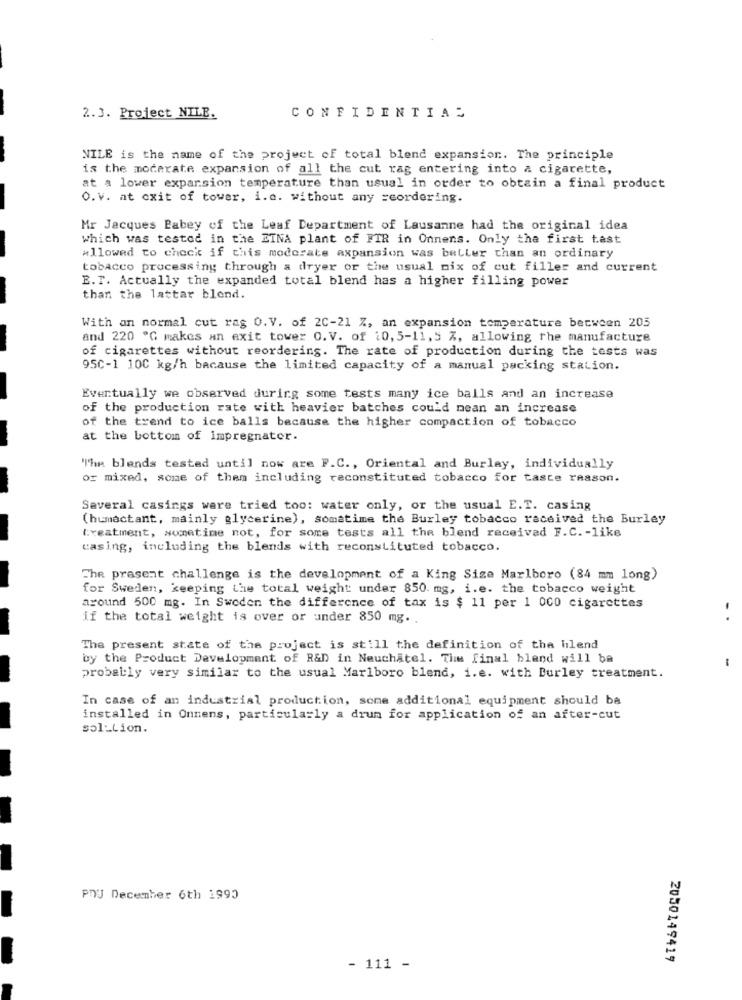
2. 3. Project NILE.
CONFIDENTIAL
NILE is the name of the project of total blend expansion. The principle
is the moderate expansion of all the cut rag entering into a cigarette,
at a lower expansion temperature than usual in order to obtain a final product
O.V. at exit of tower, i.e. without any =eordering.
Mr Jacques Pabey of the Leaf Department of Lausanne had the original idea
which was tested in the DINA plant of FIR in Onnens. Only the first tast
allowed to check if this moderate expansion was beller than an ordinary
tobacco processing through a dryer or the usual nix of cut filler and current
E.T. Actually the expanded total blend has a higher filling power
than the lattar blend.
With an normal cut ras O. V. of 2C-21 Z, an expansion temperature between 205
and 220 G makes an exit tower O. V. of 20,5-11,5 %, allowing the manufacture
of cigarettes without reordering. The rate of production during the tests was
95C-1 10C kg/h bacause the limited capacity of a manual packing station.
Eventually we observed during some tests many ice balls and an increase
of the production rate with heavier batches could mean an increase
of the trend to ice balls because the higher compaction of tobacco
at the bottom of impregnater.
"The blends tested until now are F.C ., Oriental and Burlay, individually
or mixed, some of them including reconstituted tobacco for taste reason.
Several casings were tried too: water only, or the usual E.T. casing
(humectant, mainly glycerine), somatime the Burley tobacco received the Burley
treatment, sometime not, for some tests all the blend received F.C. - like
casing, including the blends with reconstituted tobacco.
The prasent challenge is the development of a King Size Marlboro (84 mm long)
for Sweden, keeping the total weight under 850. mg, i.e. the tobacco weight
around 500 mg. In Sweden the difference of tax is $ 11 per 1 000 cigarettes
if the total weight is over or under 850 mg ..
The present state of the project is still the definition of the blend
by the Product Development of R&D in Neuchatel. The final blend will be
-
probably very similar to the usual Marlboro blend, i.e. with Burley treatment.
In case of an industrial production, some additional equipment should be
installed in Onmens, particularly a drum for application of an after-cut
sol_Lion.
POJ December 6th 1993
2050149419
- 111 -